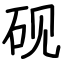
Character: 砚